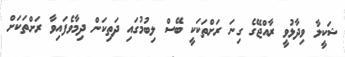
ޝަކީލާ ވިދާޅުވީ ރާއްޖޭގެ ގިނަ ރަށްތަކަކީ ބޭސް ލިބުމުގައި ދަތިކަން ދިމާވެފައިވާ ރަށްތަކަށް